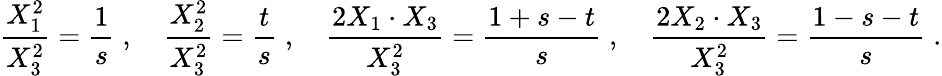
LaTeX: {\frac{X_{1}^{2}}{X_{3}^{2}}}={\frac{1}{s}}\; ,\quad{\frac{X_{2}^{2}}{X_{3}^{2}}}={\frac{t}{s}}\; ,\quad{\frac{2X_{1}\cdot X_{3}}{X_{3}^{2}}}={\frac{1+s-t}{s}}\; ,\quad{\frac{2X_{2}\cdot X_{3}}{X_{3}^{2}}}={\frac{1-s-t}{s}}\; .